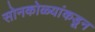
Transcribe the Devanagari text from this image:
सोनकोळ्यांकडून